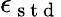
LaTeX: \epsilon_{\mathrm{~s~t~d~}}